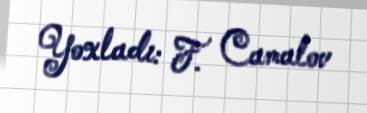
Yoxladı: F. Camalov